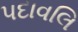
પદાવલિ